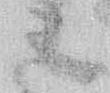
ミ